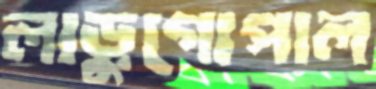
লাড়ুগোপাল